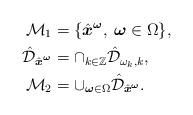
LaTeX: \begin{align*}\mathcal{M}_1 &=\lbrace \hat{\boldsymbol{x}}^{\boldsymbol{\omega}}, \: \boldsymbol{\omega}\in \Omega \rbrace, \\ \hat{\mathcal{D}}_{\hat{\boldsymbol{x}}^{\boldsymbol{\omega}}} & = \cap_{k \in \mathbb{Z}} \hat{\mathcal{D}}_{\omega_k,k}, \\ \mathcal{M}_2 & = \cup_{\boldsymbol{\omega} \in \Omega} \hat{\mathcal{D}}_{\hat{\boldsymbol{x}}^{\boldsymbol{\omega}}}.\end{align*}